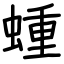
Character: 蝩